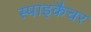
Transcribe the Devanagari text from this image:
स्पाइकैचर